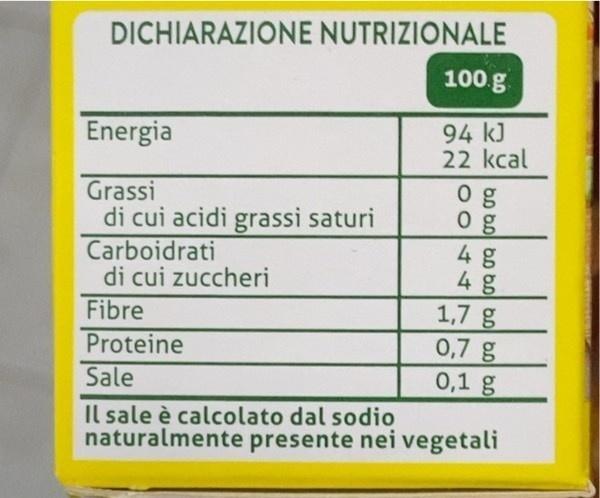
DICHIARAZIONE NUTRIZIONALE
100.g
Energia
94 kJ 22 kcal
0 g 0 g
Grassi
di cui acidi grassi saturi
Carboidrati di cui zuccheri Fibre
4 g 4 g 1,7 g 0,7 g 0,1 g
Proteine
Sale
Il sale è calcolato dal sodio naturalmente presente nei vegetali